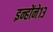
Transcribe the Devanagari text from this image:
इन्होंने१३